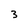
Character: 3